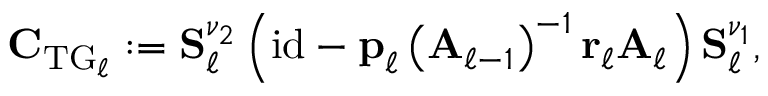
\begin{array} { r } { \boldsymbol { \mathbf { C } } _ { \mathrm { T G } _ { \ell } } : = \boldsymbol { \mathbf { S } } _ { \ell } ^ { \nu _ { 2 } } \left( \mathrm { i d } - \boldsymbol { \mathbf { p } } _ { \ell } \left( \boldsymbol { \mathbf { A } } _ { \ell - 1 } \right) ^ { - 1 } \boldsymbol { \mathbf { r } } _ { \ell } \boldsymbol { \mathbf { A } } _ { \ell } \right) \boldsymbol { \mathbf { S } } _ { \ell } ^ { \nu _ { 1 } } , } \end{array}